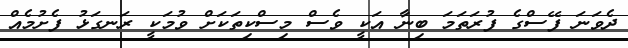
ދެވަނަ ފޭސްގެ ފުރަތަމަ ބިނާ އަކީ ވެސް މިސްކިތަކަށް ވުމަކީ ރަނގަޅު ފެށުމެއް